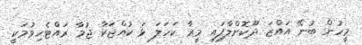
މީހުން ބުނޭ އައްޒަ ދޫކޮށްލާފައި މީރާ ކަހަލަ ޅަ ކުއްޖަކާ ޖުމާ ރައްޓެހިވުމަކީ